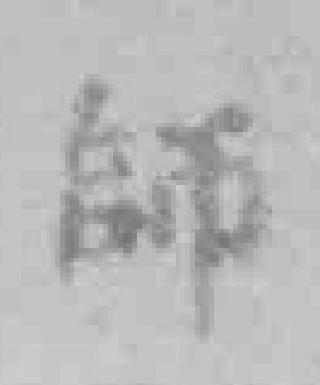
師